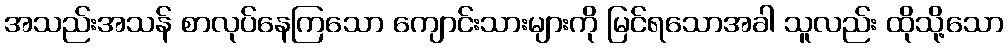
အသည်းအသန် စာလုပ်နေကြသော ကျောင်းသားများကို မြင်ရသောအခါ သူလည်း ထိုသို့သော